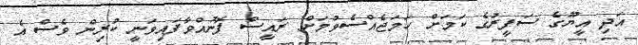
އަދި އީޔޫގެ ސަފީރުގެ ކަމަށް ހަމަޖެއްސެވުމަށް ރައީސް ފޮނުއްވާފައިވަނީ ކުރިން ވެސް އެ